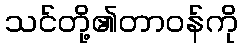
သင်တို့၏တာဝန်ကို